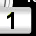
Digit: 1